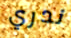
ندري